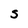
Character: S